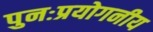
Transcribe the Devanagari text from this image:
पुनःप्रयोगनीय